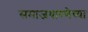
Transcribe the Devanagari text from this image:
समाजधारणेच्या